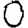
Digit: 0